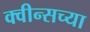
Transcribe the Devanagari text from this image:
क्वीन्सच्या